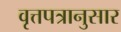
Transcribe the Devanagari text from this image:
वृत्तपत्रानुसार